Vaccination in the Punjab 1919-1929 - 1919-1929
Year: 1919
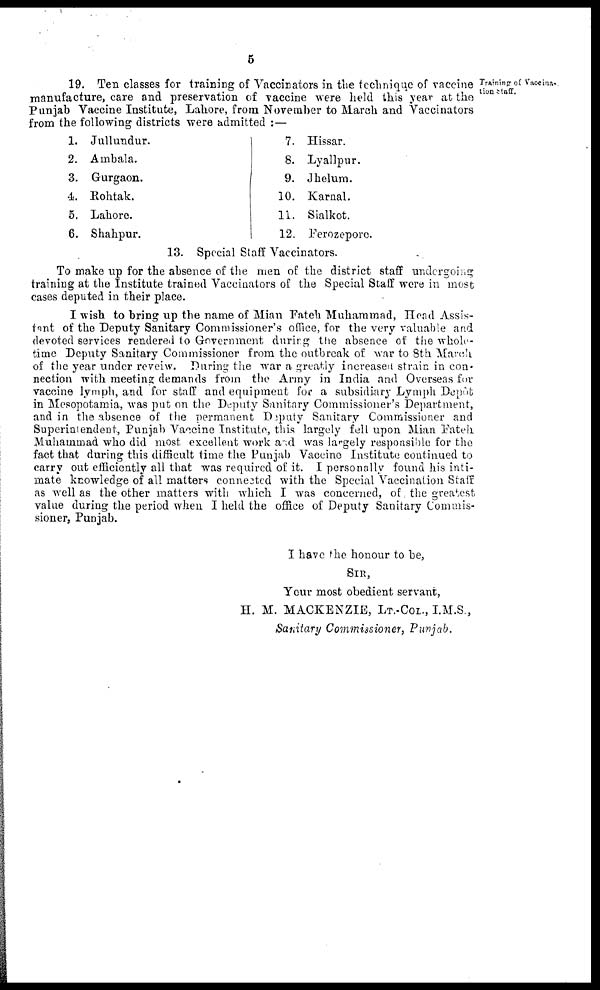
5
Training of Vaccina-
tion staff.
19. Ten classes for training of Vaccinators in the technique of vaccine
manufacture, care and preservation of vaccine were held this year at the
Punjab Vaccine Institute, Lahore, from November to March and Vaccinators
from the following districts were admitted :—
1. Jullundur.
2. Ambala.
3. Gurgaon.
4. Rohtak.
5. Lahore.
6. Shahpur.
7. Hissar.
8. Lyallpur.
9. Jhelum.
10. Karnal.
11. Sialkot.
12. Ferozepore.
13. Special Staff Vaccinators.
To make up for the absence of the men of the district staff undergoing
training at the Institute trained Vaccinators of the Special Staff were in most
cases deputed in their place.
I wish to bring up the name of Mian Patch Muhammad, Head Assis-
tant of the Deputy Sanitary Commissioner's office, for the very valuable and
devoted services rendered to Government during the absence of the whole-
time Deputy Sanitary Commissioner from the outbreak of Avar to 8th March
of the year under reveiw. During the war a greatly increased strain in con-
nection with meeting demands from the Army in India and Overseas for
vaccine lymph, and for staff and equipment for a subsidiary Lymph Depôt
in Mesopotamia, was put on the Deputy Sanitary Commissioner's Department,
and in the absence of the permanent Deputy Sanitary Commissioner and
Superintendent, Punjab Vaccine Institute, this largely fell upon Mian Fateh
Muhammad who did most excellent work and was largely responsible for the
fact that during this difficult time the Punjab Vaccine Institute continued to
carry out efficiently all that was required of it. I personally found his inti-
mate knowledge of all matters connected with the Special Vaccination Staff
as well as the other matters with which I was concerned, of the greatest,
value during the period when I held the office of Deputy Sanitary Commis-
sioner, Punjab.
I have the honour to be,
SIR,
Your most obedient servant,
H. M. MACKENZIE, LT.-COL., I.M.S.,
Sanitary Commissioner, Punjab.